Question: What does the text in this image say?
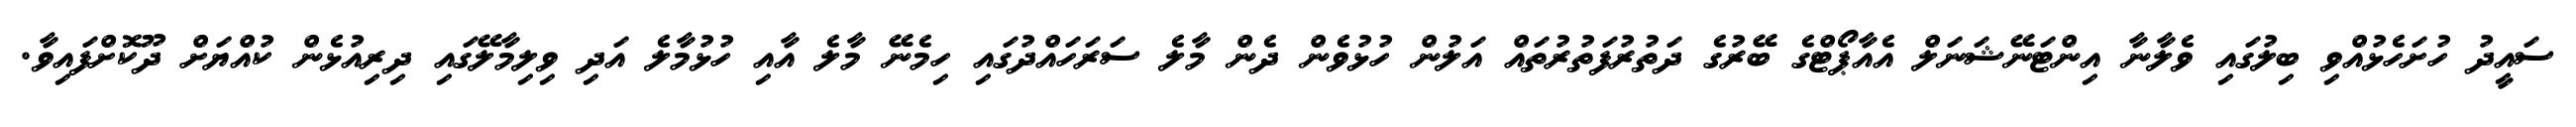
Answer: ސައީދު ހުށަހެޅުއްވި ބިލުގައި ވެލާނާ އިންޓަނޭޝަނަލް އެއާޕޯޓްގެ ބޭރުގެ ދަތުރުފަތުރުތައް އަލުން ހުޅުވެން ދެން މާލެ ސަރަހައްދުގައި ހިމެނޭ މާލެ އާއި ހުޅުމާލެ އަދި ވިލިމާލޭގައި ދިރިއުޅެން ކުއްޔަށް ދޫކޮށްފައިވާ.